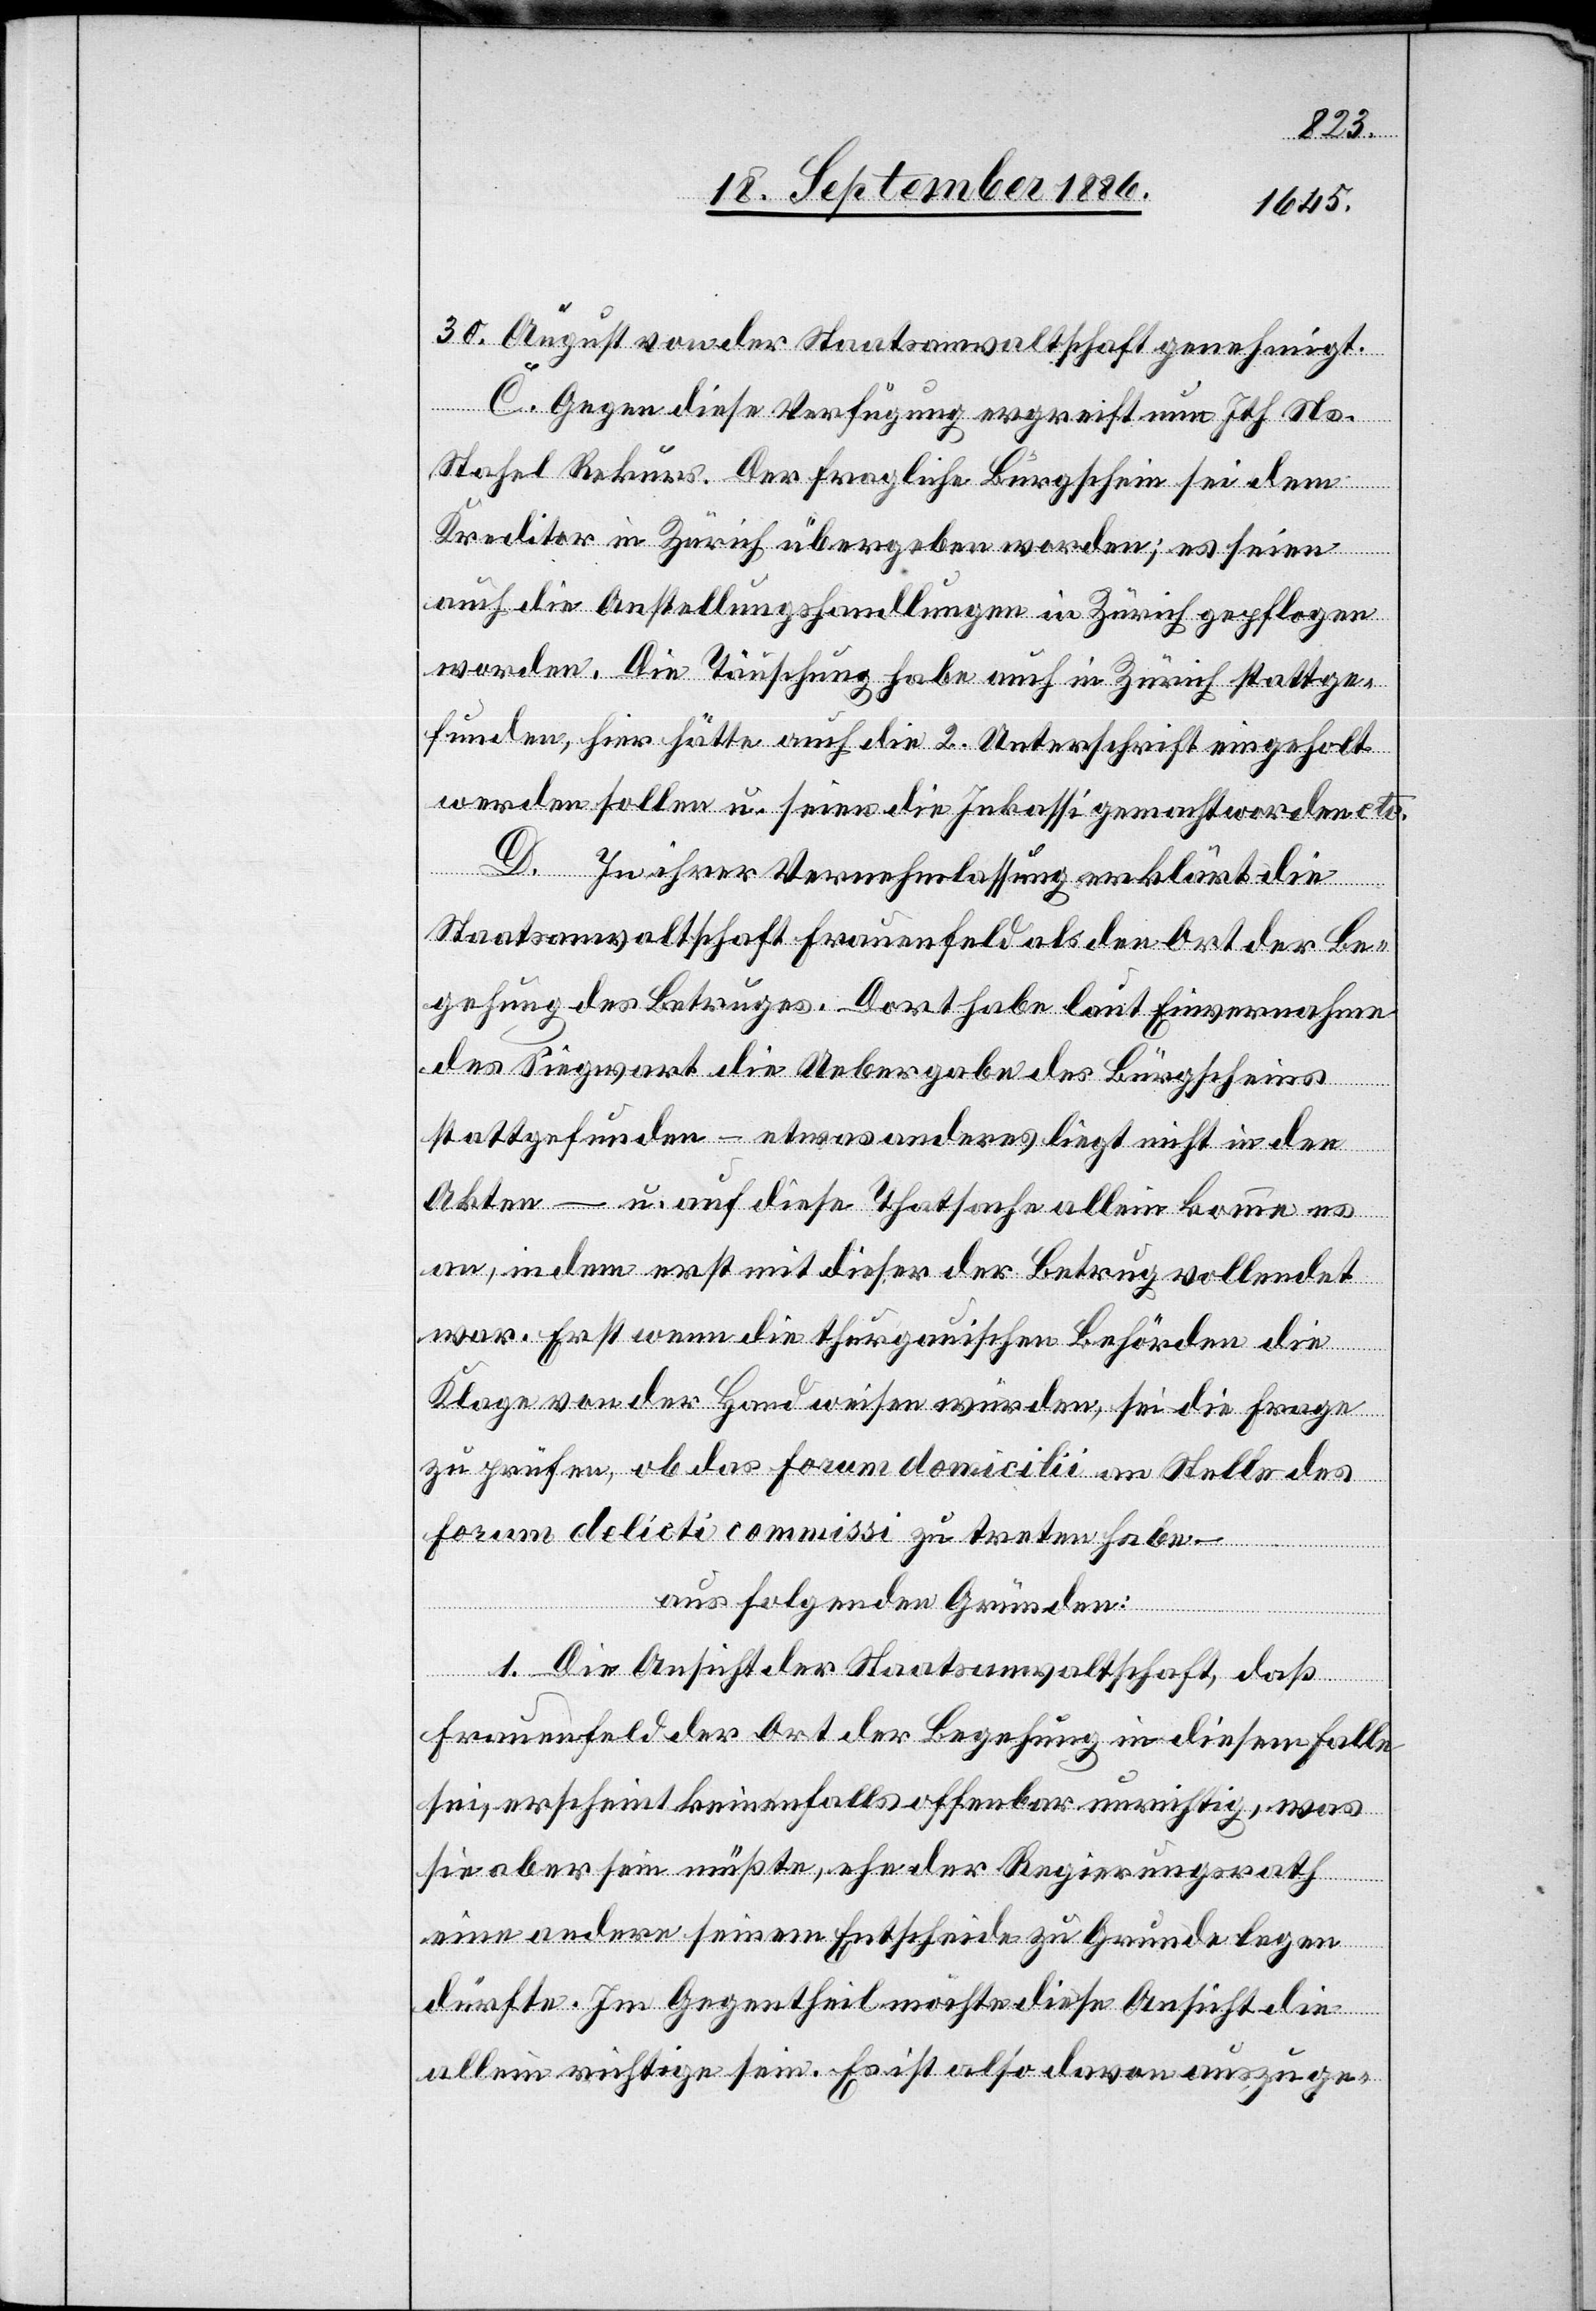
30. August von der Staatsanwaltschaft genehmigt.
C. Gegen diese Verfügung ergreift nun Ith Ns.
Stahel Rekurs. Der fragliche Bürgschein sei dem
Kreditor in Zürich übergeben worden; es seien
auch die Anstellungshandlungen in Zürich gepflogen
worden. Die Täuschung habe auch in Zürich stattge¬
funden, hier hätte auch die 2. Unterschrift eingeholt
werden sollen u. seien die Inkassi gemacht worden etc.
C. In ihrer Vernehmlassung erklärt die
Staatsanwaltschaft Frauenfeld als den Ort der Be¬
gehung des Betruges. Dort habe laut Einvernahme
des Siegwart die Uebergabe des Bürgscheines
stattgefunden – etwas anderes liegt nicht in den
Akten – u. auf diese Thatsache allein komme es
an, indem erst mit dieser der Betrug vollendet
war. Erst wenn die thurgauischen Behörden die
Klage von der Hand weisen würden, sei die Frage
zu prüfen, ob das forum domicilii an Stelle des
forum delicti commissi zu treten habe.
aus folgenden Gründen:
1. Die Ansicht der Staatsanwaltschaft, daß
Frauenfeld der Ort der Begehung in diesem Falle
sei, erscheint keinenfalls offenbar unrichtig, was
sie aber sein müßte, ehe der Regierungsrath
eine andere, seinem Entscheide zu Grunde legen
dürfte. Im Gegentheil möchte diese Ansicht die
allein richtige sein. Es ist also davon auszuge-